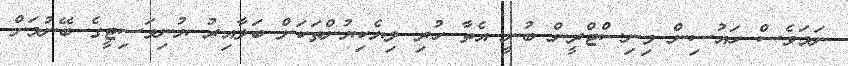
ނަމަވެސް ހައުސިން މިނިސްޓްރީން ބުނީ އެތާ ހުރި ލިޔެކިޔުންތަކަށް ބަލާއިރު ޔުނިވަސިޓީގެ ބޭނުމަށް